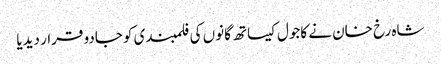
شاہ رخ خان نے کاجول کیساتھ گانوں کی فلمبندی کو جادو قرار دیدیا